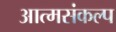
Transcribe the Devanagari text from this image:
आत्मसंकल्प